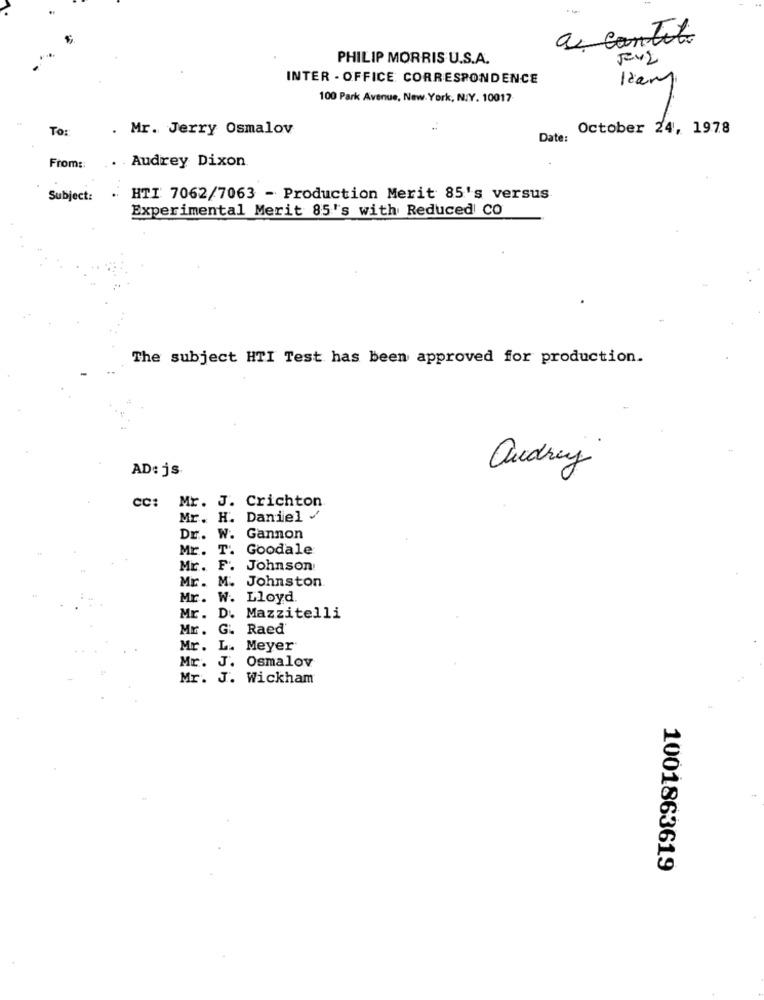
a contito
PHILIP MORRIS U.S.A.
INTER - OFFICE CORRESPONDENCE
100 Park Avenue, New York, NY. 10017
To:
. Mr. Jerry Osmalov
October 24, 1978
Date:
Audrey Dixon
From ::
Subject: · HTI 7062/7063 - Production Merit 85's versus
Experimental Merit 85's with Reduced CO
The subject HTI Test has been approved for production.
audrey
AD: js
CC:
Mr. J. Crichton
Mr. H. Daniel /
Dr. W. Gannon
Mr. T.
Goodale
Mr.
F. Johnson!
Mr. M. Johnston
Mr. W. Lloyd.
Mr. D. Mazzitelli
Mr.
Raed
Mr. L. Meyer
Mr. J. Osmalov
Mr. J. Wickham
1001863619